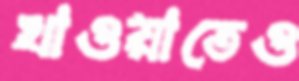
খাওয়াতেও